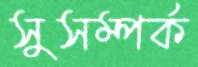
সুসম্পর্ক